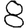
Digit: 8